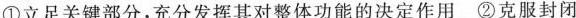
①立足关键部分，充分发挥其对整体功能的决定作用②克服封闭